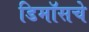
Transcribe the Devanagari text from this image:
डिमॉसचे